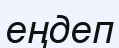
еңдеп